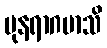
ပုနရာဂမာသိ